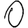
Digit: 0